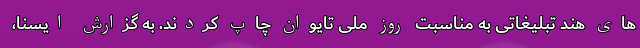
های هند تبلیغاتی به مناسبت روز ملی تایوان چاپ کردند. به گزارش ایسنا،